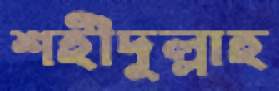
শহীদুল্লাহ